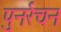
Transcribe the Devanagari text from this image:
पुनर्रचन